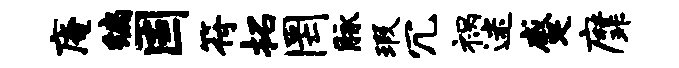
庵编固符拓罔脉瑕冗祸迷蹙縻